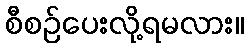
စီစဉ်ပေးလို့ရမလား။